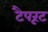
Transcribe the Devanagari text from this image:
टैपरूट